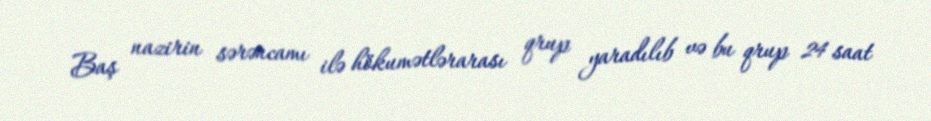
Baş nazirin sərəncamı ilə hökumətlərarası qrup yaradılıb və bu qrup 24 saat